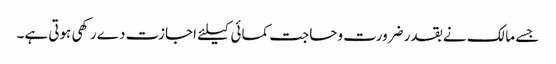
جسے مالک نے بقدر ضرورت وحاجت کمائی کیلئے اجازت دے رکھی ہوتی ہے۔